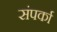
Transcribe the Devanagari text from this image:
संपर्का